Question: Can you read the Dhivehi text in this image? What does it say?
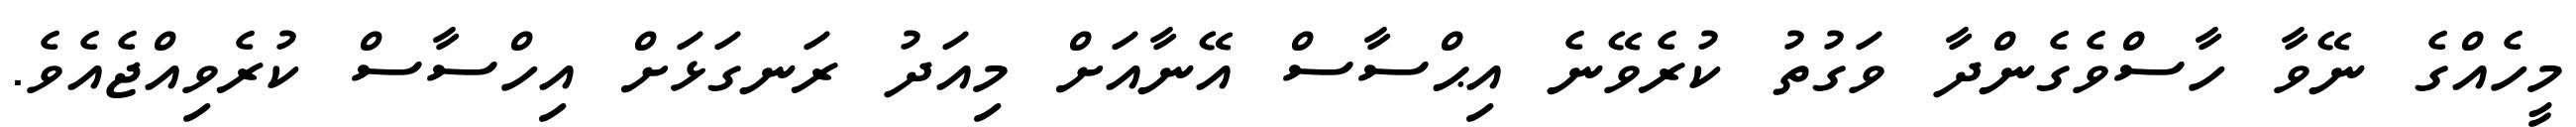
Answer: މީހެއްގެ ނޭވާ ހާސްވެގެންދާ ވަގުތު ކުރެވޭނެ އިޙްސާސް އޭނާއަށް މިއަދު ރަނގަޅަށް އިހްސާސް ކުރެވިއްޖެއެވެ.